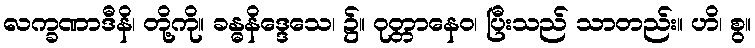
လက္ခဏာဒီနိ၊ တို့ကို။ ခန္ဓနိဒ္ဒေသေ၊ ၌။ ဝုတ္တာနေဝ၊ ပြီးသည် သာတည်း။ ဟိ၊ စွ။